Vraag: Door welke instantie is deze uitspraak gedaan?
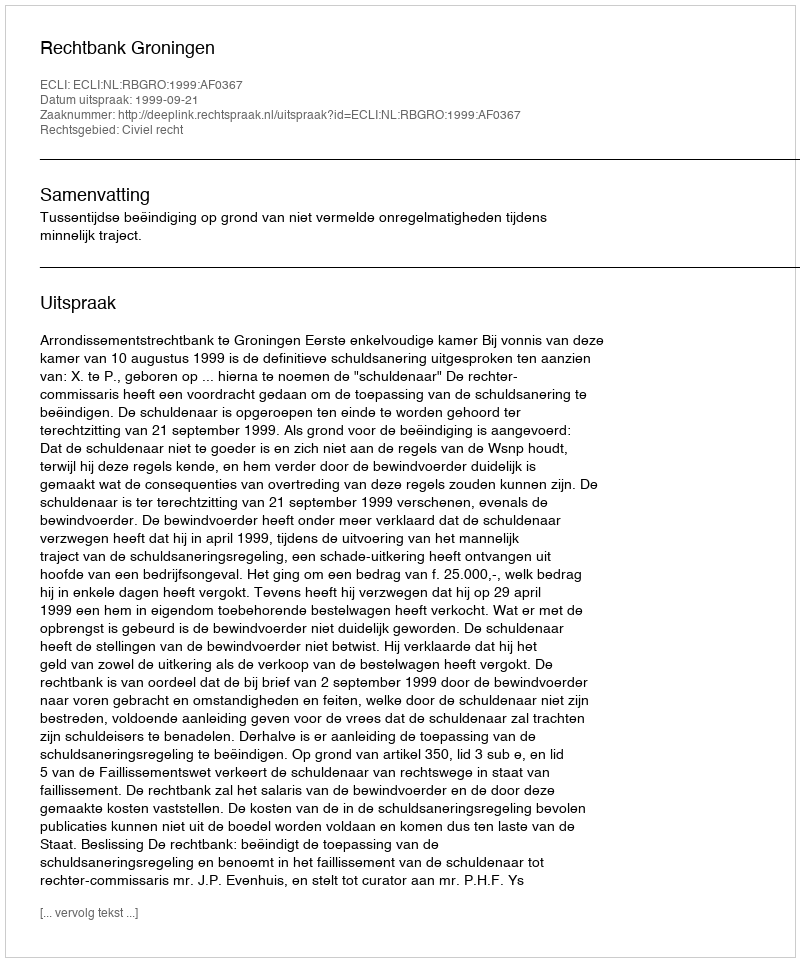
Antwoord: Rechtbank Groningen